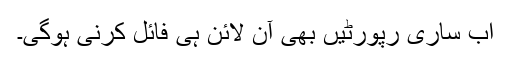
اب ساری رپورٹیں بھی آن لائن ہی فائل کرنی ہوگی۔